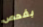
بفحص